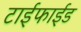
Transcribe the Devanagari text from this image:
टाईफाईड